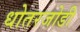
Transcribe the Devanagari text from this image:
धोतरजोडी